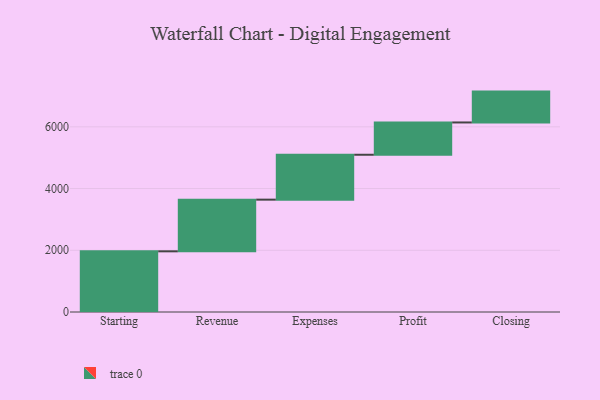
{"axis": {"x": "Step", "y": "Value"}, "legend": [""], "data": [{"x": "Starting", "y": 1966.0, "type": ""}, {"x": "Revenue", "y": 1674.0, "type": ""}, {"x": "Expenses", "y": 1455.0, "type": ""}, {"x": "Profit", "y": 1046.0, "type": ""}, {"x": "Closing", "y": 1000, "type": ""}]}